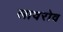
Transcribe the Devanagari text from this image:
लावरोव